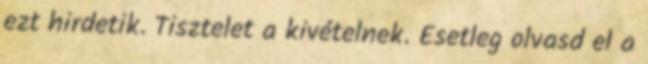
ezt hirdetik. Tisztelet a kivételnek. Esetleg olvasd el a